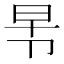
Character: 𭅸